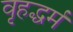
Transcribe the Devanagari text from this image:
वृहद्धर्म